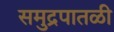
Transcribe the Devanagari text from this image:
समुद्रपातळी